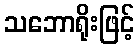
သဘောရိုးဖြင့်